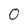
Character: 0